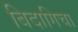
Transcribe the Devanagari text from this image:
बिदागिचा